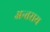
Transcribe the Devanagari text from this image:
अन्तराय